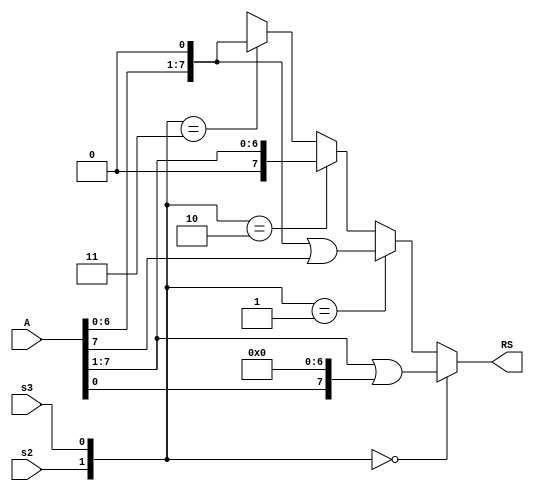
module Shifter #(parameter N=8)(
					input wire signed [N-1:0] A,
					input wire s2,
					input wire s3,
					output wire signed [N-1:0] RS);
					
	localparam RIGHT_ROTATE = 2'b00, LEFT_ROTATE = 2'b01, RIGHT_SHIFT = 2'b10, LEFT_SHIFT = 2'b11;
	
	assign RS = ({s2,s3} == RIGHT_ROTATE) ?  	((A >> 1) | (A << (N-1))) : 
	({s2,s3} == LEFT_ROTATE) ? ((A << 1) | (A >> (N-1))) :
	({s2,s3} == RIGHT_SHIFT) ? (A >> 1) : ({s2,s3} == LEFT_SHIFT) ? (A << 1) : 1'bx;
					
endmodule